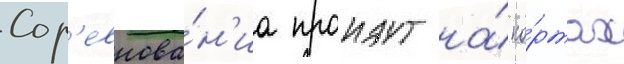
Сор'евнова́н'иа проидут на́ ко́ртах